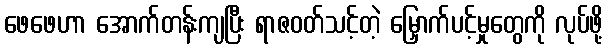
ဖေဖေဟာ အောက်တန်းကျပြီး ရာဇဝတ်သင့်တဲ့ မြှောက်ပင့်မှုတွေကို လုပ်ဖို့